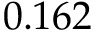
0 . 1 6 2